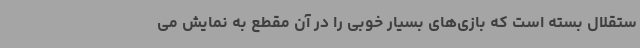
ستقلال بسته است که بازی‌های بسیار خوبی را در آن مقطع به نمایش می‌